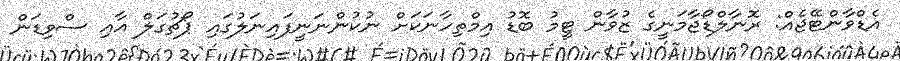
އެޑްވާންޓޭޖެއް: ރޮނާލްޑޯޖާމަނީގެ ޒުވާން ޓީމު ބޮޑު އިމްތިހާނަކަށް ނުކުންނަނީފައިނަލުގައި ޕޯޗުގަލް އާއި ސްވިޑަން